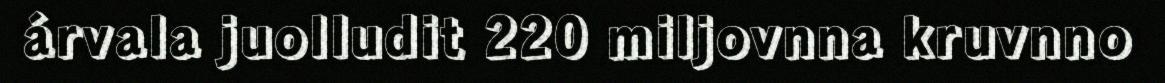
árvala juolludit 220 miljovnna kruvnno